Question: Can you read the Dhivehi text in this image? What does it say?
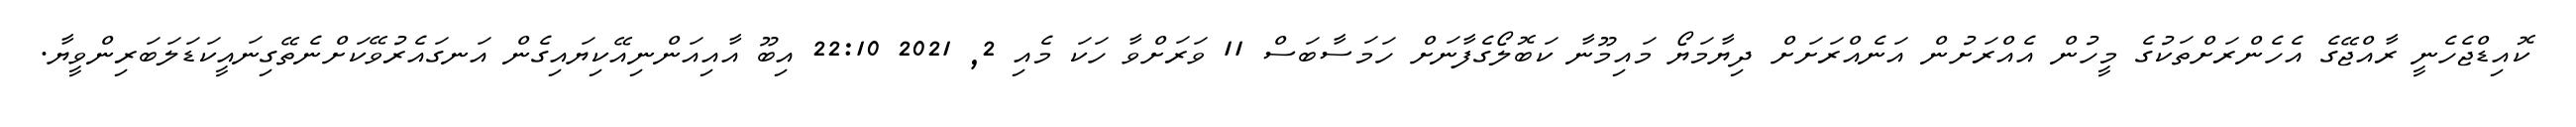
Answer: ކޮއިޑްޖެހެނީ ރާއްޖޭގެ އެހެންރަށްތަކުގެ މީހުން އެއްރަށުން އަނެއްރަށަށް ދިޔާމަޔޯ މައިމޫނާ ކަބޮލޯގެފާނަށް ހަމަސާބަސް 11 ވަރަށްވާ ހަކަ މެއި 2, 2021 22:10 އިބޫ އާއިއަންނިއޭކިޔައިގެން އަނގައެރުވޭކަށްނެތޭގިނައީކަޑަލަބަރިންވީޔާ.